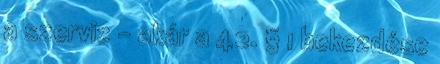
a szerviz – akár a 42. § 1 bekezdése